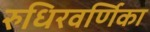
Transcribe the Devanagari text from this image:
रुधिरवर्णिका